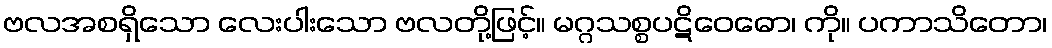
ဗလအစရှိသော လေးပါးသော ဗလတို့ဖြင့်။ မဂ္ဂသစ္စပဋိဝေဓော၊ ကို။ ပကာသိတော၊